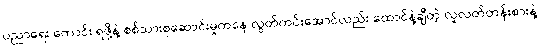
ပညာရေး ကောင်း ရဖို့နဲ့ စစ်သားစုဆောင်းမှုကနေ လွတ်ကင်းအောင်လည်း ထောင်နဲ့ချီတဲ့ လူလတ်တန်းစားနဲ့